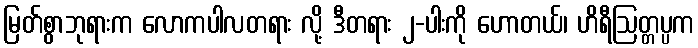
မြတ်စွာဘုရားက လောကပါလတရား လို့ ဒီတရား ၂-ပါးကို ဟောတယ်၊ ဟိရီဩတ္တပ္ပက